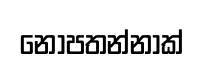
නොපතන්නාක්